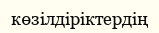
көзілдіріктердің